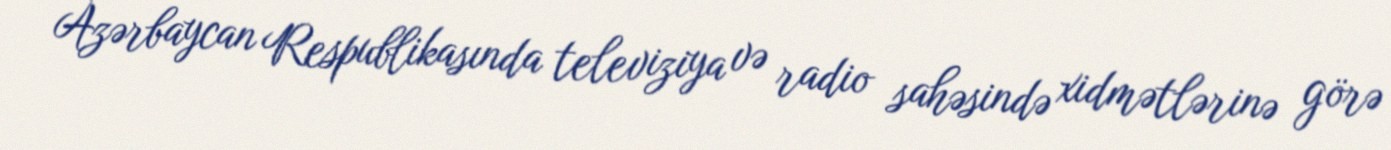
Azərbaycan Respublikasında televiziya və radio sahəsində xidmətlərinə görə